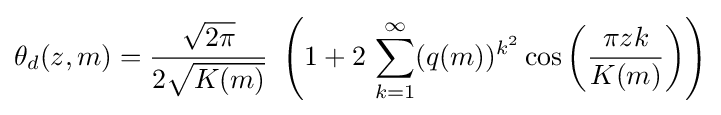
\theta _{d}(z,m)={\frac {\sqrt {2\pi }}{2{\sqrt {K(m)}}}}\,\,\left(1+2\,\sum _{k=1}^{\infty }(q(m))^{k^{2}}\cos \left({\frac {\pi zk}{K(m)}}\right)\right)